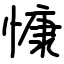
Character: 慷